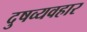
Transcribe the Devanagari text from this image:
दुषव्यवहार